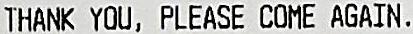
THANK YOU, PLEASE COME AGAIN.